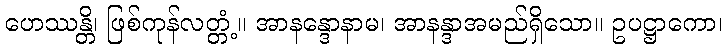
ဟေဿန္တိ၊ ဖြစ်ကုန်လတ္တံ့။ အာနန္ဒောနာမ၊ အာနန္ဒာအမည်ရှိသော။ ဥပဋ္ဌာကော၊